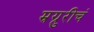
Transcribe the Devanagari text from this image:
म्रग्रुरीचं